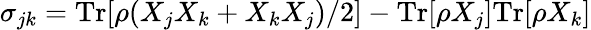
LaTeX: \sigma_{jk}=\mathrm{Tr}[\rho(X_{j}X_{k}+X_{k}X_{j})/2]-\mathrm{Tr}[\rho X_{j}]\mathrm{Tr}[\rho X_{k}]